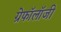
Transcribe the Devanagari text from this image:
ग्रेफॉलॉजी